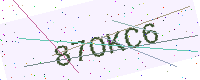
Text: 87OKC6